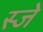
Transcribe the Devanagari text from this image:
स्जे